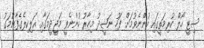
ސިޓީ ހޯލް ކުރިމަތީގައި ހުންނެވުމަށް ފަހު ނަޝީދު މިހާރު ހުންނެވީ މަޖީދީމަގާއި އަލިކިލެގެފާނުމަގު